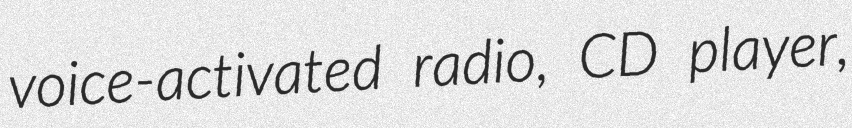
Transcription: voice-activated radio, CD player,